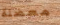
معضلة